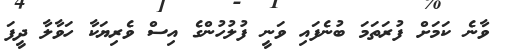
ވާނެ ކަމަށް ފުރަތަމަ ބުނެފައި ވަނީ ފުުލުހުންގެ އިސް ވެރިޔަކާ ހަވާލާ ދީފަ